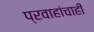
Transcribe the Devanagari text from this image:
प्रवाहांचाही